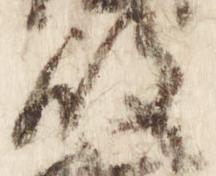
殿